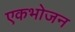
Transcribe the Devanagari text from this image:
एकभोजन